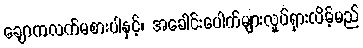
ချောကလက်မစားပါနှင့်၊ အခေါင်းပေါက်များလှုပ်ရှားလိမ့်မည်